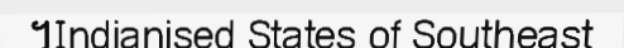
។Indianised States of Southeast